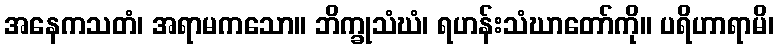
အနေကသတံ၊ အရာမကသော။ ဘိက္ခုသံဃံ၊ ရဟန်းသံဃာတော်ကို။ ပရိဟာရာမိ၊